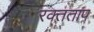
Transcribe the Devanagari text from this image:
रक्तताप